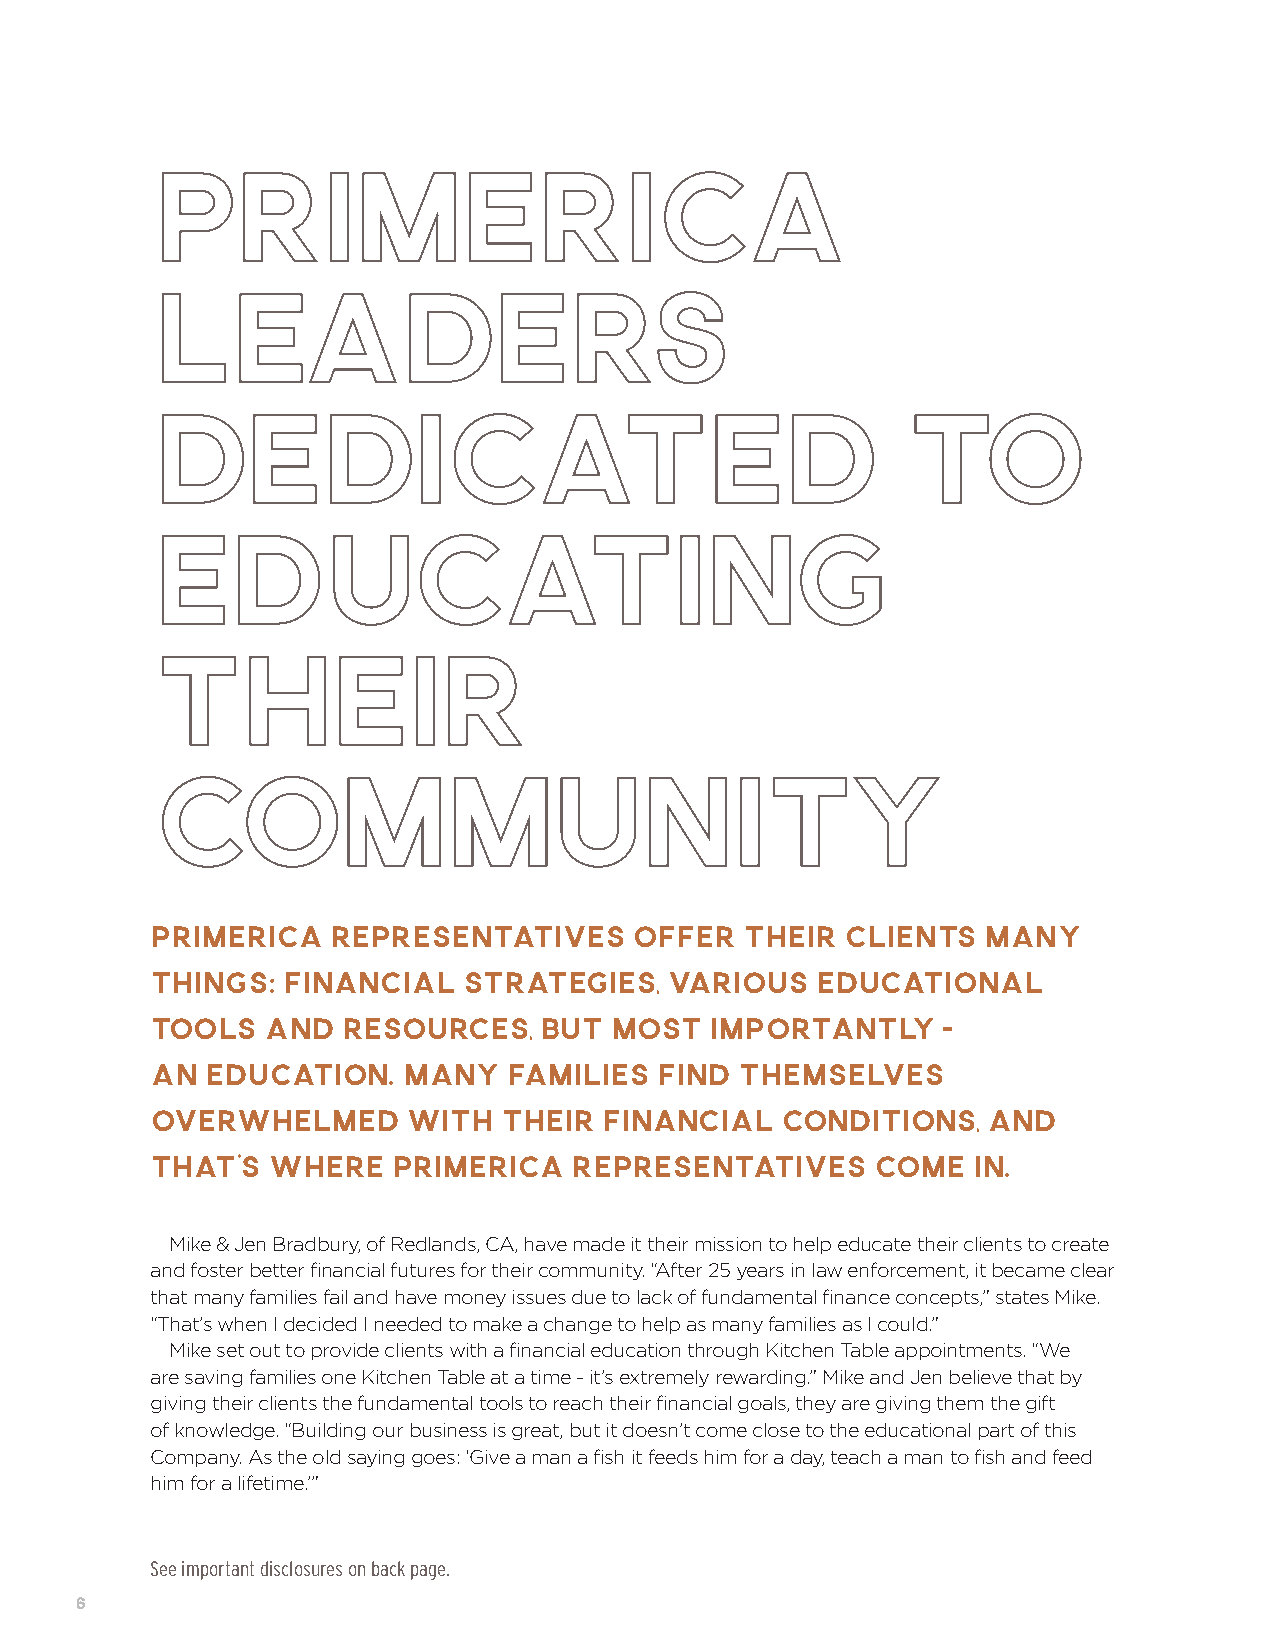
Primerica
 Leaders
 Dedicated                                         to
 Educating
 Their
 Community
 PRIMERICA   REPRESENTATIVES     OFFER  THEIR  CLIENTS  MANY
 THINGS:  FINANCIAL   STRATEGIES,  VARIOUS   EDUCATIONAL
 TOOLS  AND   RESOURCES,   BUT MOST   IMPORTANTLY    -
 AN  EDUCATION.   MANY   FAMILIES  FIND THEMSELVES
 OVERWHELMED      WITH  THEIR  FINANCIAL   CONDITIONS,  AND
 THAT’S  WHERE   PRIMERICA   REPRESENTATIVES     COME  IN.
 Mike & Jen Bradbury, of Redlands, CA, have made it their mission to help educate their clients to create
 and foster better financial futures for their community. “After 25 years in law enforcement, it became clear
 that many families fail and have money issues due to lack of fundamental finance concepts,” states Mike.
 “That’s when I decided I needed to make a change to help as many families as I could.”
 Mike set out to provide clients with a financial education through Kitchen Table appointments. “We
 are saving families one Kitchen Table at a time - it’s extremely rewarding.” Mike and Jen believe that by
 giving their clients the fundamental tools to reach their financial goals, they are giving them the gift
 of knowledge. “Building our business is great, but it doesn’t come close to the educational part of this
 Company. As the old saying goes: ‘Give a man a fish it feeds him for a day, teach a man to fish and feed
 him for a lifetime.’”
 See important disclosures on back page.
 6